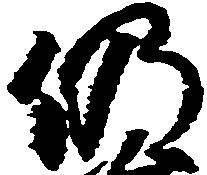
仍